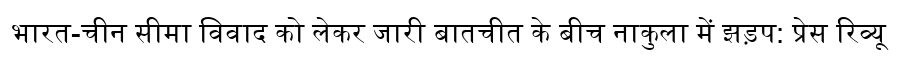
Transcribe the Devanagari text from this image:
भारत-चीन सीमा विवाद को लेकर जारी बातचीत के बीच नाकुला में झड़प: प्रेस रिव्यू